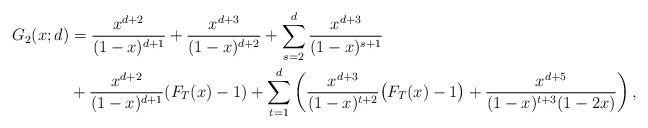
LaTeX: \begin{align*}G_2(x;d)&=\frac{x^{d+2}}{(1-x)^{d+1}}+\frac{x^{d+3}}{(1-x)^{d+2}}+\sum_{s=2}^{d}\frac{x^{d+3}}{(1-x)^{s+1}}\\&+\frac{x^{d+2}}{(1-x)^{d+1}}(F_T(x)-1)+\sum_{t=1}^{d}\left(\frac{x^{d+3}}{(1-x)^{t+2}}\big(F_T(x)-1\big)+\frac{x^{d+5}}{(1-x)^{t+3}(1-2x)}\right),\end{align*}